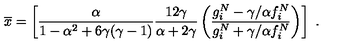
\overline { { x } } = \left[ \frac \alpha { 1 - \alpha ^ { 2 } + 6 \gamma ( \gamma - 1 ) } \frac { 1 2 \gamma } { \alpha + 2 \gamma } \left( \frac { g _ { i } ^ { N } - \gamma / \alpha f _ { i } ^ { N } } { g _ { i } ^ { N } + \gamma / \alpha f _ { i } ^ { N } } \right) \right] \ .